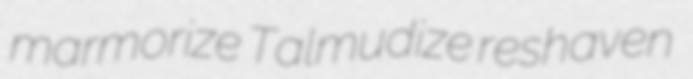
marmorize Talmudize reshaven